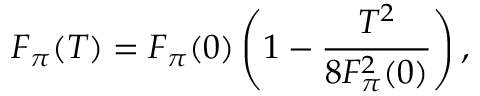
F _ { \pi } ( T ) = F _ { \pi } ( 0 ) \left( 1 - { \frac { T ^ { 2 } } { 8 F _ { \pi } ^ { 2 } ( 0 ) } } \right) ,